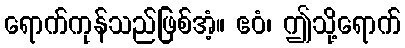
ရောက်ကုန်သည်ဖြစ်အံ့။ ဧဝံ၊ ဤသို့ရောက်